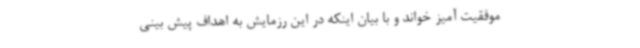
موفقیت آمیز خواند و با بیان اینکه در این رزمایش به اهداف پیش بینی